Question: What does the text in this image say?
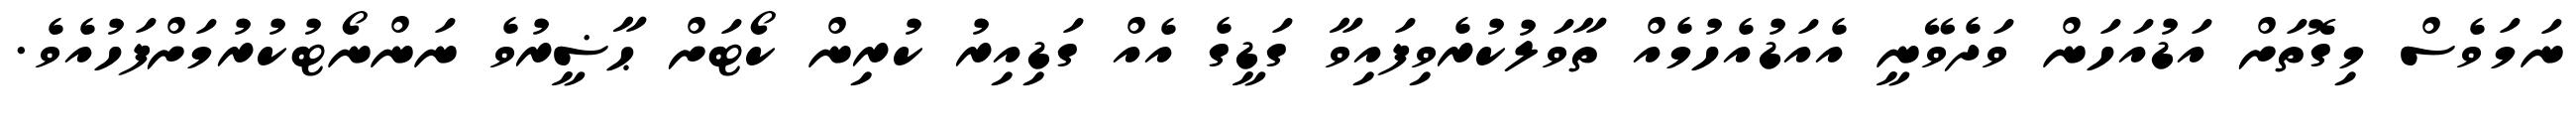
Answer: ނަމަވެސް މިގޮތަށް އަޑުއަހަން ވަދެވޭނީ އެއަޑުއެހުމެއް ތާވަލުކުރެވިފައިވާ ގަޑީގެ އެއް ގަޑިއިރު ކުރިން ކޯޓަށް ޙާޟީރުވެ ނަންނޯޓުކުރުމަށްފަހުއެވެ.